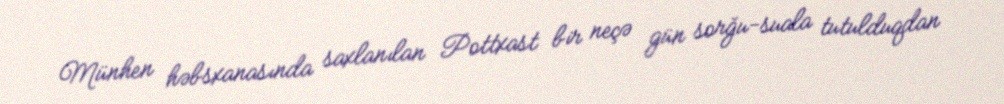
Münhen həbsxanasında saxlanılan Pottxast bir neçə gün sorğu-suala tutulduqdan